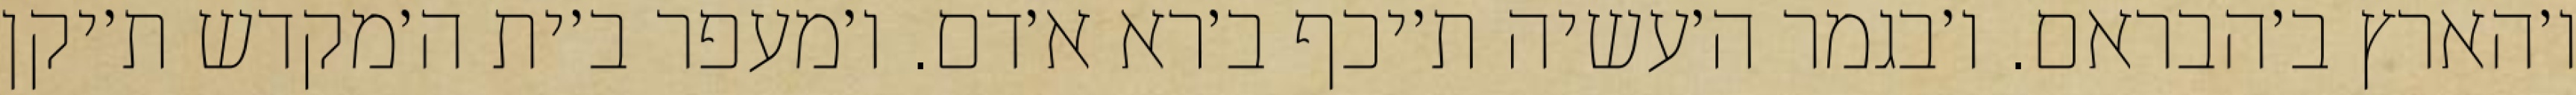
ו׳הארץ ב׳הבראם. ו׳בגמר ה׳עשיה ת׳יכף ב׳רא א׳דם. ו׳מעפר ב׳ית ה׳מקדש ת׳יקן